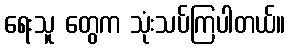
ရေးသူ တွေက သုံးသပ်ကြပါတယ်။